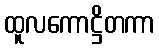
ထူလကောဋ္ဌိတကာ